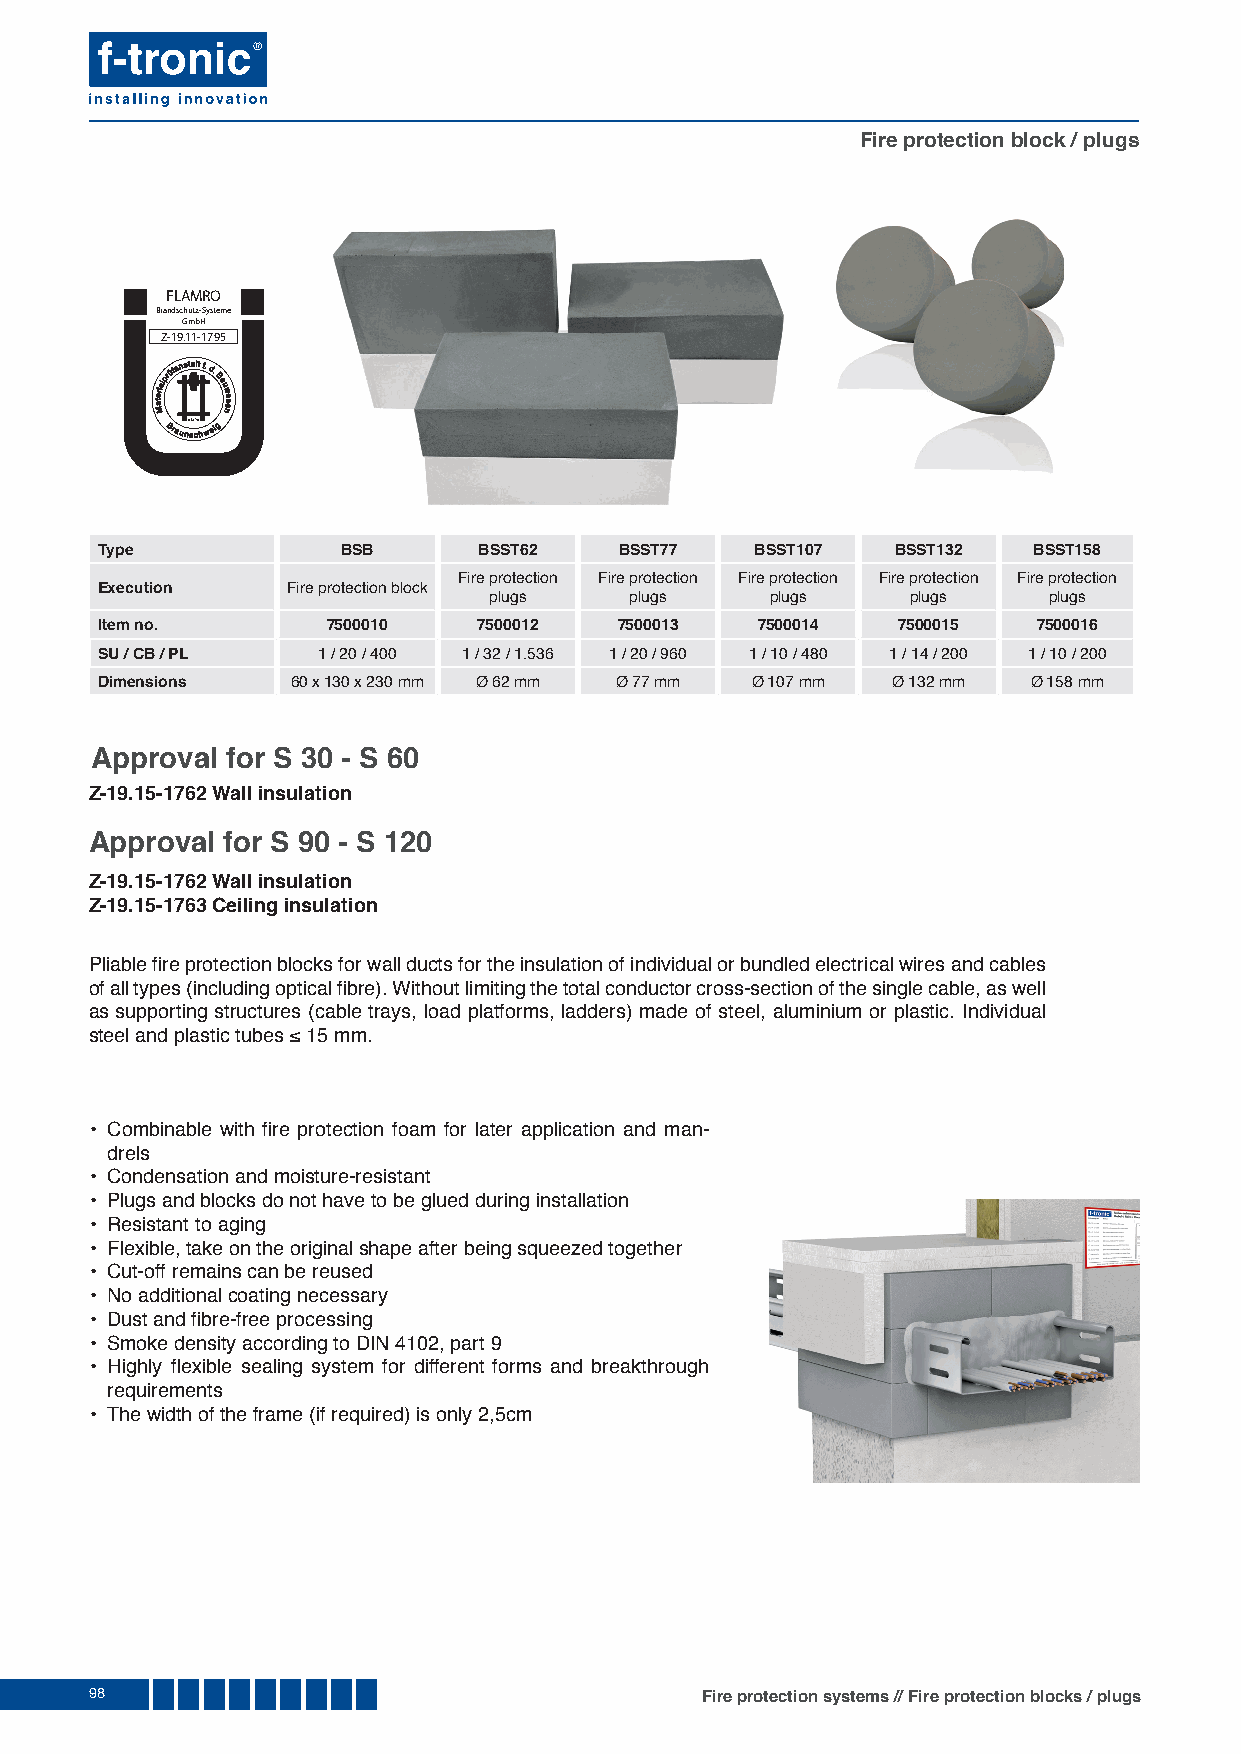
Fire protection block / plugs
 FLAMRO
 Brandschutz-Systeme
 GmbH
 Z-19.11-1795
 Type             BSB      BSST62   BSST77   BSST107  BSST132  BSST158
 Fire protection Fire protection Fire protection Fire protection Fire protection
 Execution    Fire protection block
 plugs     plugs    plugs    plugs    plugs
 Item no.        7500010   7500012  7500013  7500014  7500015   7500016
 SU / CB / PL   1 / 20 / 400 1 / 32 / 1.536 1 / 20 / 960 1 / 10 / 480 1 / 14 / 200 1 / 10 / 200
 Dimensions   60 x 130 x 230 mm Ø 62 mm Ø 77 mm Ø 107 mm Ø 132 mm Ø 158 mm
 Approval for S 30 - S 60
 Z-19.15-1762 Wall insulation
 Approval for S 90 - S 120
 Z-19.15-1762 Wall insulation
 Z-19.15-1763 Ceiling insulation
 Pliable fi re protection blocks for wall ducts for the insulation of individual or bundled electrical wires and cables
 of all types (including optical fi bre). Without limiting the total conductor cross-section of the single cable, as well
 as supporting structures (cable trays, load platforms, ladders) made of steel, aluminium or plastic. Individual
 steel and plastic tubes ≤ 15 mm.
 • Combinable with fi re protection foam for later application and man-
 drels
 • Condensation and moisture-resistant
 • Plugs and blocks do not have to be glued during installation
 • Resistant to aging
 • Flexible, take on the original shape after being squeezed together
 • Cut-off remains can be reused
 • No additional coating necessary
 • Dust and fi bre-free processing
 • Smoke density according to DIN 4102, part 9
 • Highly fl exible sealing system for different forms and breakthrough
 requirements
 • The width of the frame (if required) is only 2,5cm
 98                                      Fire protection systems // Fire protection blocks / plugs